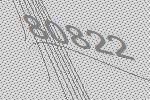
80822